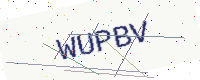
Text: WUPBV